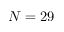
N = 2 9